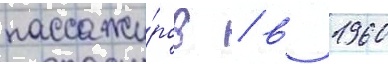
пассажи́ров / в 1960